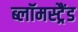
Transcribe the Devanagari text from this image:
ब्लॉमस्ट्रैंड